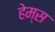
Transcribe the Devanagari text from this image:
हेम्‍स